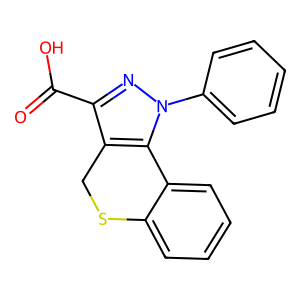
SMILES: O=C(O)c1nn(-c2ccccc2)c2c1CSc1ccccc1-2
Inhibits HIV replication: No